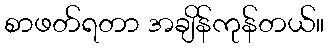
စာဖတ်ရတာ အချိန်ကုန်တယ်။